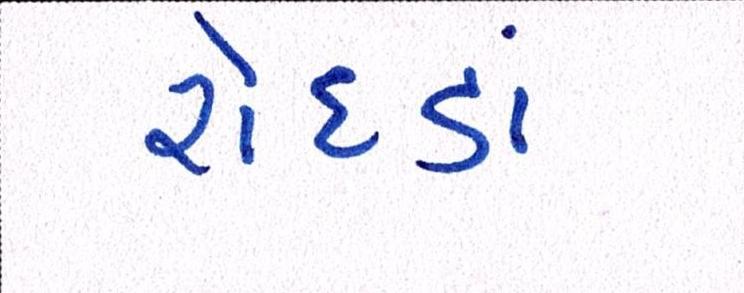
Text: રોદડાં